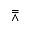
\doublebarwedge